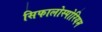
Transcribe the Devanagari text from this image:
सिफालोस्पोरियम